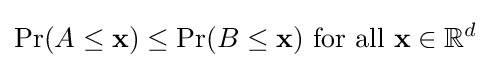
\Pr(A\leq \mathbf {x} )\leq \Pr(B\leq \mathbf {x} ){\text{ for all }}\mathbf {x} \in \mathbb {R} ^{d}